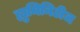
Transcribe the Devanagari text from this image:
ह्युमिनिटीज